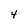
Character: 4